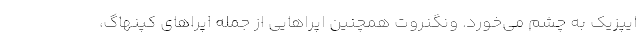
ایپزیک به چشم می‌خورد. ونگنروت همچنین اپراهایی از جمله اپراهای کپنهاگ،